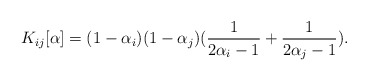
\begin{align*}K_{ij}[\alpha]=(1-\alpha_i)(1-\alpha_j)(\frac{1}{2\alpha_i-1}+\frac{1}{2\alpha_j-1}).\end{align*}